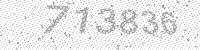
Solution: 713836